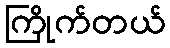
ကြိုက်တယ်